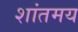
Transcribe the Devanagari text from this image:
शांतमय